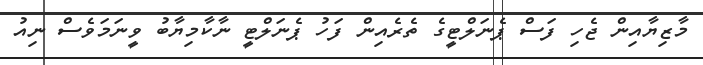
މާޒިޔާއިން ޖެހި ފަސް ޕެނަލްޓީގެ ތެރެއިން ފަހު ޕެނަލްޓީ ނާކާމިޔާބު ވީނަމަވެސް ނިއު